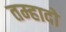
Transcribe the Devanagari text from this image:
तम्हादो